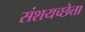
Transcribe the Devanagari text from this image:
संशयच्छेत्ता